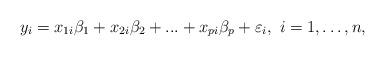
LaTeX: \begin{align*}y_{i}=x_{1i}\beta _{1}+x_{2i}\beta _{2}+...+x_{pi}\beta _{p}+\varepsilon _{i},\ i=1,\ldots,n, \end{align*}